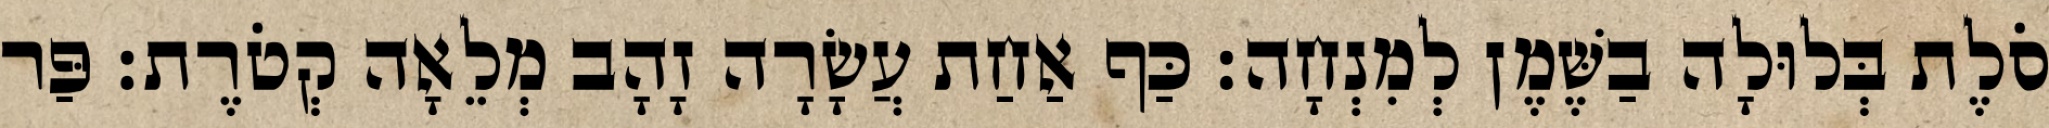
סֹלֶת בְּלוּלָה בַשֶּׁמֶן לְמִנְחָה׃ כַּף אַחַת עֲשָׂרָה זָהָב מְלֵאָה קְטֹרֶת׃ פַּר